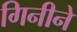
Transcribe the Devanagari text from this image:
गिनीने